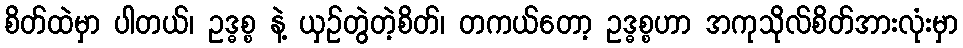
စိတ်ထဲမှာ ပါတယ်၊ ဥဒ္ဓစ္စ နဲ့ ယှဉ်တွဲတဲ့စိတ်၊ တကယ်တော့ ဥဒ္ဓစ္စဟာ အကုသိုလ်စိတ်အားလုံးမှာ